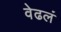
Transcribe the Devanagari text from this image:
वेढलं